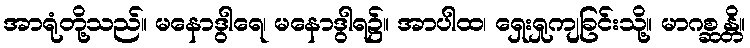
အာရုံတို့သည်။ မနောဒွါရေ၊ မနောဒွါရ၌။ အာပါထ၊ ရှေးရှုကျခြင်းသို့။ မာဂစ္ဆန္တိ။